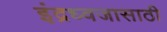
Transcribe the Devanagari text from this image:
इंद्रध्वजासाठी